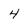
Character: 4